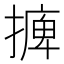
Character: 𢳋